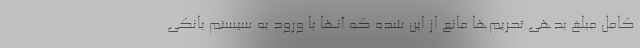
کامل مبلغ بدهی تحریم‌ها مانع از این شده که آنها با ورود به سیستم بانکی